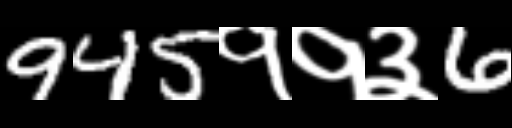
Text: 945११३6